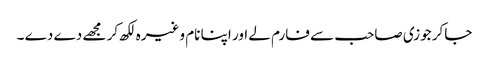
جاکر جوزی صاحب سے فارم لے اور اپنا نام وغیرہ لکھ کر مجھے دے دے ۔